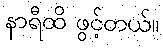
နာရီထိ ဖွင့်တယ်။